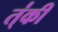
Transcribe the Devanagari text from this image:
त्॑की